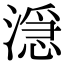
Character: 𬈬